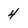
Character: 4